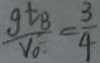
\frac { g t B } { V _ { 0 } } = \frac { 3 } { 4 }